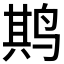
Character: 𫛰